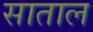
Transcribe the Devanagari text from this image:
साताल